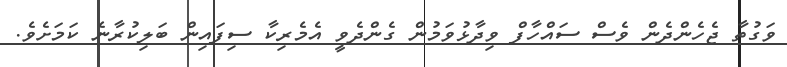
ވަގުތާ ޖެހެންދެން ވެސް ސައްހާފް ވިދާޅުވަމުން ގެންދެވީ އެމެރިކާ ސިފައިން ބަލިކުރާނެ ކަމަށެވެ.